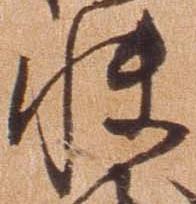
快